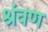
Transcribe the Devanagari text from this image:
श्रंवण